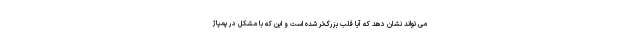
می تواند نشان دهد که آیا قلب بزرگ‌تر شده است و این که با مشکل در پمپاژ